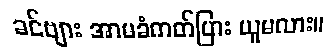
ခင်ဗျား အာမခံကတ်ပြား ယူမလား။